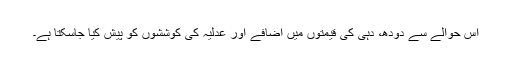
اس حوالے سے دودھ، دہی کی قیمتوں میں اضافے اور عدلیہ کی کوششوں کو پیش کیا جاسکتا ہے۔